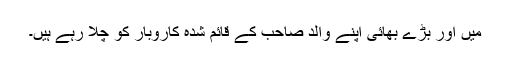
میں اور بڑے بھائی اپنے والد صاحب کے قائم شدہ کاروبار کو چلا رہے ہیں۔